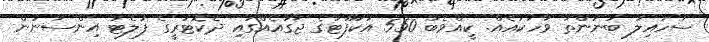
ސުހައިލު ބުނަންތަ ވާހަކައެއް. ކީއްވެބާ 550 އަކަފޫޓުގެ ޖާގައެއްގައި ދެކޮޓަރީގެ ފުލެޓު އިންސާނުން